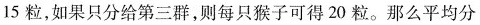
15粒，如果只分给第三群，则每只猴子可得20粒。那么平均分